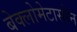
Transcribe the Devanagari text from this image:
बेक्लोमेटासोन